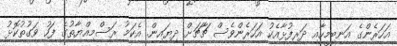
އަހަރެންގެ އަނބިމީހާއި ދަރިފުޅާއެކު އަހަރެންވެސް ޗާޗަށް ދިޔައިން. އެކަމު ރަސްމިއްޔާތުގެ ފަހު ވަގުތުކޮޅު